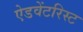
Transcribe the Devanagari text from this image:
ऐडवेंटरिस्ट